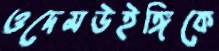
ওদেমউইঙ্গিকে